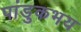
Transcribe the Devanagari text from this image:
पांडुकभय